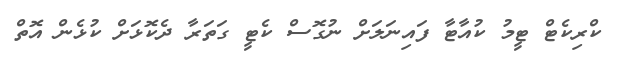
ކްރިކެޓް ޓީމު ކުއާޓާ ފައިނަލަށް ނުގޮސް ކެޓީ ގަތަރާ ދެކޮޅަށް ކުޅެން އޮތް